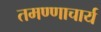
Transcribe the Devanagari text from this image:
तमण्णाचार्य